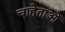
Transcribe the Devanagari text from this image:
चाहेताओं